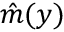
\hat { m } ( y )